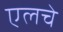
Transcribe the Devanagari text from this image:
एलचे